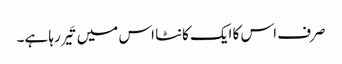
صرف اس کا ایک کانٹا اس میں تَیر رہا ہے۔